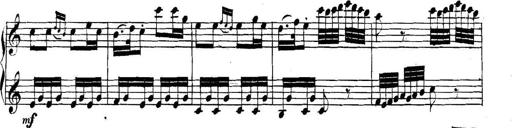
Title: Collected Piano Sonatas
Composer: Muzio Clementi